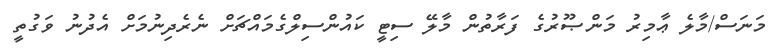
މަނަސް/މާލެ ޢާމިރު މަންޞޫރުގެ ފަރާތުން މާލޭ ސިޓީ ކައުންސިލްގެމައްޗަށް ނެރެދިނުމަށް އެދުނު ވަގުތީ